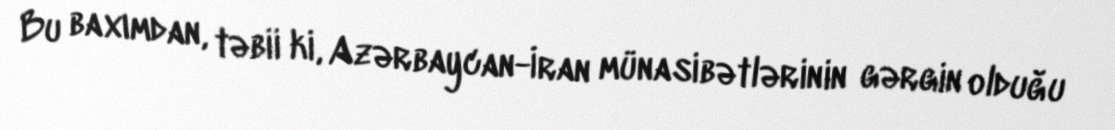
Bu baxımdan, təbii ki, Azərbaycan-İran münasibətlərinin gərgin olduğu